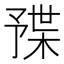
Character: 𣖦